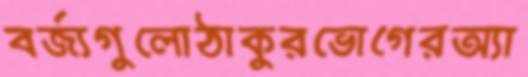
বর্জ্যগুলোঠাকুরভোগেরঅ্যা